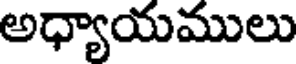
అధ్యాయములు